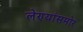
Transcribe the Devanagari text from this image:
लेण्यांसमोर